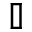
\mathbb { I }